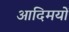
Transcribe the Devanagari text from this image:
आदिमयों